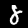
Digit: 8